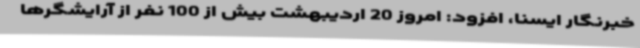
خبرنگار ایسنا، افزود: امروز 20 اردیبهشت بیش از 100 نفر از آرایشگرها